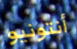
أنتونيو